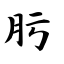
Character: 肟